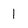
Character: 1